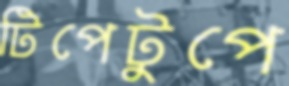
টিপেটুপে